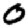
Digit: 0